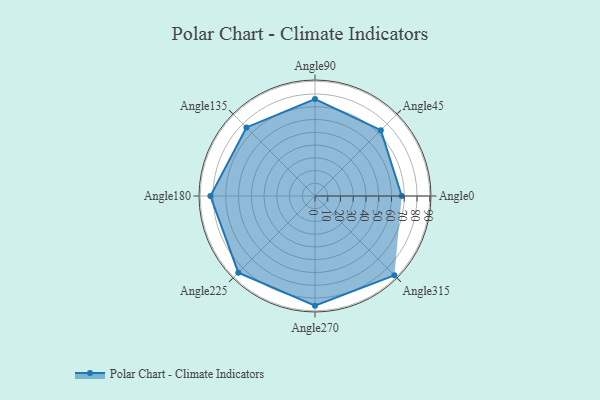
{"axis": {"x": "Angle", "y": "Radius"}, "legend": [""], "data": [{"x": "Angle0", "y": 68.0, "type": ""}, {"x": "Angle45", "y": 73.0, "type": ""}, {"x": "Angle90", "y": 76.0, "type": ""}, {"x": "Angle135", "y": 76.0, "type": ""}, {"x": "Angle180", "y": 82.0, "type": ""}, {"x": "Angle225", "y": 85.0, "type": ""}, {"x": "Angle270", "y": 86.0, "type": ""}, {"x": "Angle315", "y": 88.0, "type": ""}]}